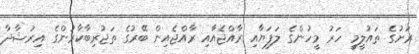
ރަށުގެ ތައުލީމީ ހަރު މީހުންގެ ލަފަޔާއި ރާއްޖެއާއި ރާއްޖެއިން ބޭރުގެ ތަޖުރިބާކާރުންގެ އިރުޝާދާ